Mental hospitals Bombay report 1929-33 - 1929-1933
Year: 1929
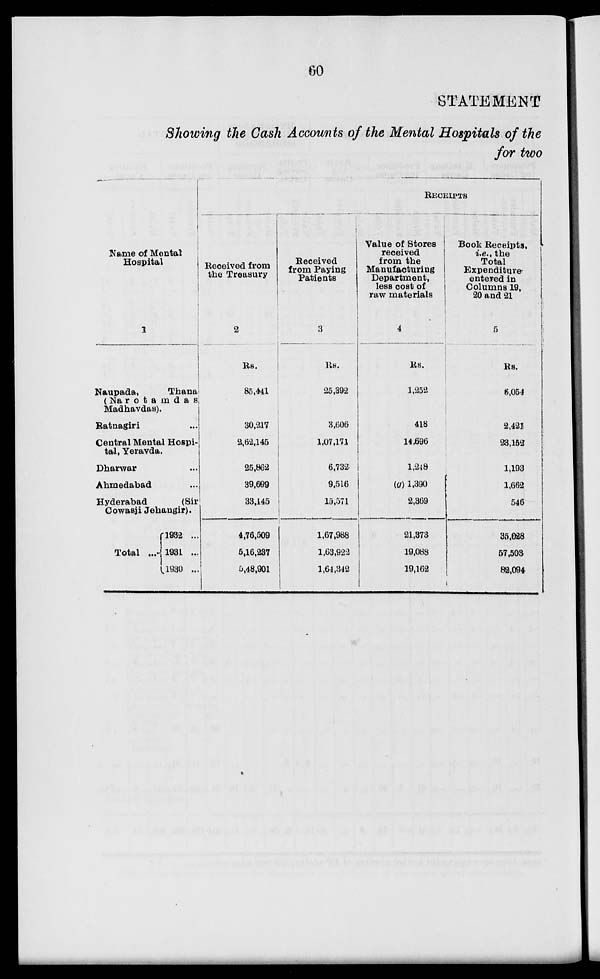
60
STATEMENT
Showing the Gash Accounts of the Mental Hospitals of the
for two
Name of Mental
Hospital
Naupada,
Thana
(Narotamdas
Madhavdas).
Ratnagiri ...
Central Mental Hospi-
tal, Yeravda.
Dharwar...
Ahmedabad...
Hyderabad
(Sir
Cowasji Jehangir).
Total ...
l932 ..
1931 ..
1930 ..
RECEIPTS
Received from
the Treasury
2
Rs.
85,441
30,217
2,62,145
25,862
39,699
33,145
4,76,509
5,16,237
5,48,901
Received
from Paying
Patients
3
Rs.
25,392
3,606
1,07,171
6,732
9,516
15,571
1,67,988
1,63,922
1,64,342
Value of Stores
received
from the
Manufacturing
Department,
less cost of
raw materials
4
Rs.
1,252
418
14,696
1,248
(g) 1,390
2,369
21,373
19,088
19,162
Book Receipts,
i.e., the
Total
Expenditure
entered in
Columns 19,
20 and 21
5
Rs.
6,054
2,421
23,152
1,193
1,662
546
35,028
57,503
82,094